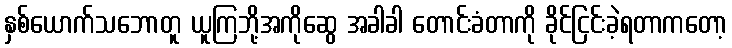
နှစ်ယောက်သဘောတူ ယူကြဘို့အကိုဆွေ အခါခါ တောင်းခံတာကို ခိုင်ငြင်းခဲ့ရတာကတော့